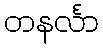
တနင်္လာ